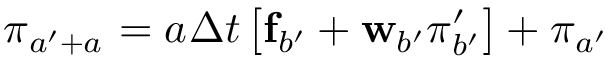
\boldsymbol { \pi } _ { a ^ { \prime } + a _ { } } = a _ { } \Delta t { } \left[ \mathbf { f } _ { b ^ { \prime } } + \mathbf { w } _ { b ^ { \prime } } \boldsymbol { \pi } _ { b ^ { \prime } } ^ { \prime } \right] + \boldsymbol { \pi } _ { a ^ { \prime } }